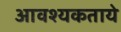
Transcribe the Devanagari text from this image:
आवश्यकताये